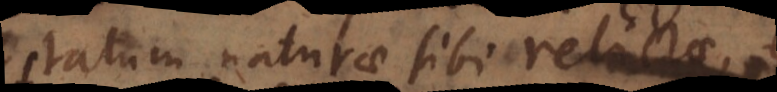
statum naturae sibi relictae